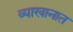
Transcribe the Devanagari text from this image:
व्याखानात